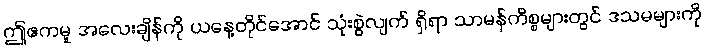
ဤဧကမူ အလေးချိန်ကို ယနေ့တိုင်အောင် သုံးစွဲလျက် ရှိရာ သာမန်ကိစ္စများတွင် ဒသမများကို